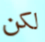
لكن